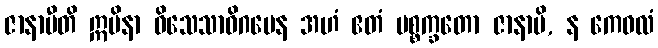
ဇာနာမီတိ ဣမိနာ ဝိသေသာဓိဂမေန အဟံ ဧတံ ပစ္စက္ခတော ဇာနာမိ, န ကေဝလံ